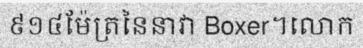
៩១៤ម៉ែត្រនៃនាវា Boxer។លោក